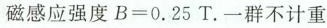
磁感应强度B=0.25T.一群不计重图4